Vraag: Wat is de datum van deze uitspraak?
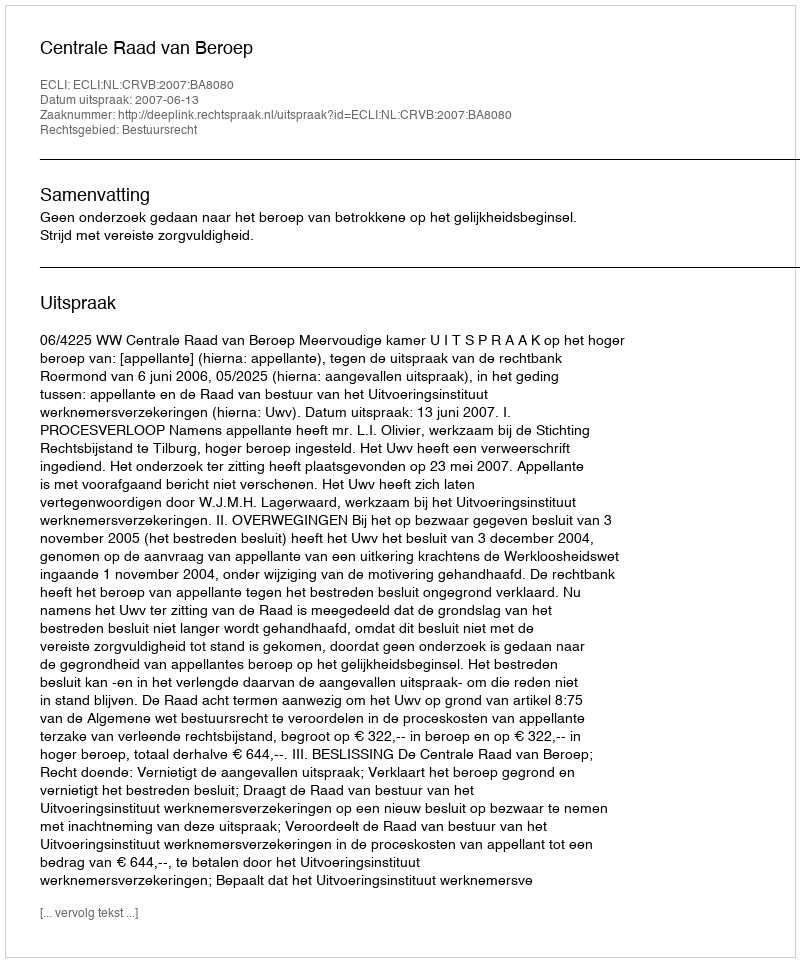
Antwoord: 2007-06-13